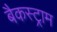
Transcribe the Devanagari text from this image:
बैकस्ट्राम